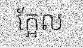
ក្អែល